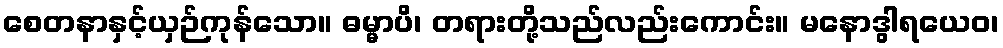
စေတနာနှင့်ယှဉ်ကုန်သော။ ဓမ္မာပိ၊ တရားတို့သည်လည်းကောင်း။ မနောဒွါရယေဝ၊